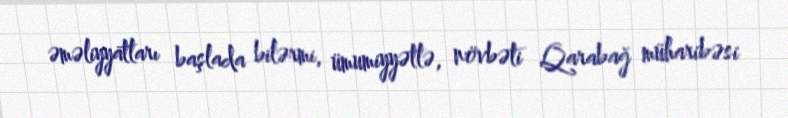
əməliyyatları başlada bilərmi, ümumiyyətlə, növbəti Qarabağ müharibəsi